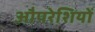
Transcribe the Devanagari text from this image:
औपरेशियों